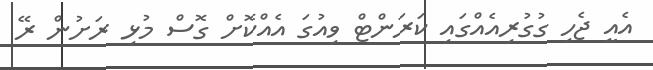
އެއީ ޖެހި ގުގުރިއެއްގައި ކަރަންޓް ވިއުގަ އެއްކޮށް ގޮސް މުޅި ރަށުން ރޭ